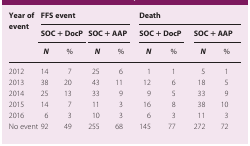
| <ROWSPAN=2> Year of event | <COLSPAN=4> FFS event | <COLSPAN=4> Death |
 | <COLSPAN=2> SOC + DocP | <COLSPAN=2> SOC + AAP | <COLSPAN=2> SOC + DocP | <COLSPAN=2> SOC + AAP |
 |  | N | % | N | % | N | % | N | % |
 | --- | --- | --- | --- | --- | --- | --- | --- | --- |
 | 2012 | 14 | 7 | 25 | 6 | 1 | 1 | 5 | 1 |
 | 2013 | 38 | 20 | 43 | 11 | 12 | 6 | 18 | 5 |
 | 2014 | 25 | 13 | 33 | 9 | 9 | 5 | 33 | 9 |
 | 2015 | 14 | 7 | 11 | 3 | 16 | 8 | 38 | 10 |
 | 2016 | 6 | 3 | 10 | 3 | 6 | 3 | 11 | 3 |
 | No event | 92 | 49 | 255 | 68 | 145 | 77 | 272 | 72 |